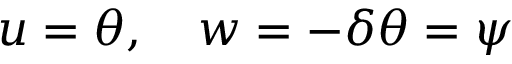
u = \theta , \quad w = - \delta \theta = \psi